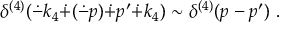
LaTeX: \delta ^ { ( 4 ) } ( \dot { - } k _ { 4 } \dot { + } ( \dot { - } p ) \dot { + } p ^ { \prime } \dot { + } k _ { 4 } ) \sim \delta ^ { ( 4 ) } ( p - p ^ { \prime } ) ~ .